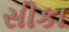
સીકા